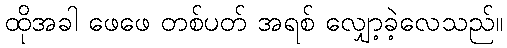
ထိုအခါ ဖေဖေ တစ်ပတ် အရစ် လျှော့ခဲ့လေသည်။